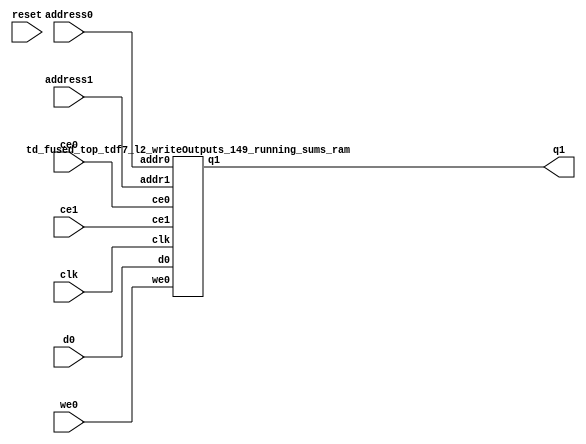
`define EXPONENT 5
`define MANTISSA 10
`define ACTUAL_MANTISSA 11
`define EXPONENT_LSB 10
`define EXPONENT_MSB 14
`define MANTISSA_LSB 0
`define MANTISSA_MSB 9
`define MANTISSA_MUL_SPLIT_LSB 3
`define MANTISSA_MUL_SPLIT_MSB 9
`define SIGN 1
`define SIGN_LOC 15
`define DWIDTH (`SIGN+`EXPONENT+`MANTISSA)
`define IEEE_COMPLIANCE 1

module td_fused_top_tdf7_l2_writeOutputs_149_running_sums(
    reset,
    clk,
    address0,
    ce0,
    we0,
    d0,
    address1,
    ce1,
    q1);

parameter DataWidth = 32'd16;
parameter AddressRange = 32'd32;
parameter AddressWidth = 32'd5;
input reset;
input clk;
input[AddressWidth - 1:0] address0;
input ce0;
input we0;
input[DataWidth - 1:0] d0;
input[AddressWidth - 1:0] address1;
input ce1;
output[DataWidth - 1:0] q1;



td_fused_top_tdf7_l2_writeOutputs_149_running_sums_ram td_fused_top_tdf7_l2_writeOutputs_149_running_sums_ram_U(
    .clk( clk ),
    .addr0( address0 ),
    .ce0( ce0 ),
    .we0( we0 ),
    .d0( d0 ),
    .addr1( address1 ),
    .ce1( ce1 ),
    .q1( q1 )
);

endmodule
module td_fused_top_tdf7_l2_writeOutputs_149_running_sums_ram (addr0, ce0, d0, we0, addr1, ce1, q1,  clk);

parameter DWIDTH = 16;
parameter AWIDTH = 5;
parameter MEM_SIZE = 32;

input[AWIDTH-1:0] addr0;
input ce0;
input[DWIDTH-1:0] d0;
input we0;
input[AWIDTH-1:0] addr1;
input ce1;
output reg[DWIDTH-1:0] q1;
input clk;

 reg [DWIDTH-1:0] ram[MEM_SIZE-1:0];

//initial begin
//    $readmemh("./td_fused_top_tdf7_l2_writeOutputs_149_running_sums_ram.dat", ram);
//end



always @(posedge clk)  
begin 
    if (ce0) begin
        if (we0) 
            ram[addr0] <= d0; 
    end
end


always @(posedge clk)  
begin 
    if (ce1) begin
        q1 <= ram[addr1];
    end
end


endmodule